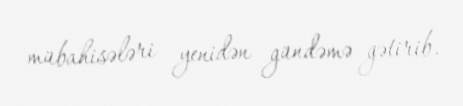
mübahisələri yenidən gündəmə gətirib.